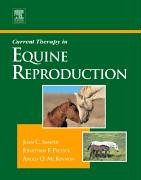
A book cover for Current Therapy in Equine Reproduction, 1e (Current Veterinary Therapy); Juan C. Samper; Medical Books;